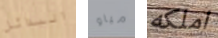
البدائل مياو املكه